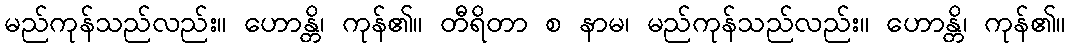
မည်ကုန်သည်လည်း။ ဟောန္တိ၊ ကုန်၏။ တီရိတာ စ နာမ၊ မည်ကုန်သည်လည်း။ ဟောန္တိ၊ ကုန်၏။